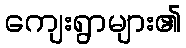
ကျေးရွာများ၏